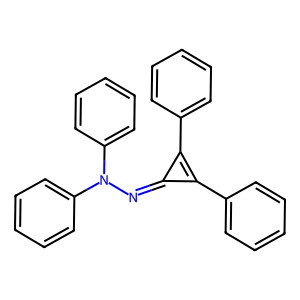
SMILES: c1ccc(-c2c(-c3ccccc3)c2=NN(c2ccccc2)c2ccccc2)cc1
Inhibits HIV replication: No